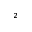
_ 2